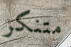
متنكر